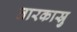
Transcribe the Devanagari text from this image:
तारकास्रु